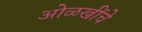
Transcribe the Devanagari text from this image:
ओळखींचे